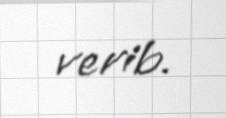
verib.